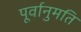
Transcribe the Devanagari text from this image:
पूर्वानुमति